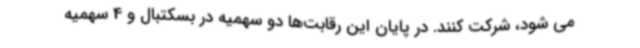
می شود، شرکت کنند. در پایان این رقابت‌ها دو سهمیه در بسکتبال و 4 سهمیه